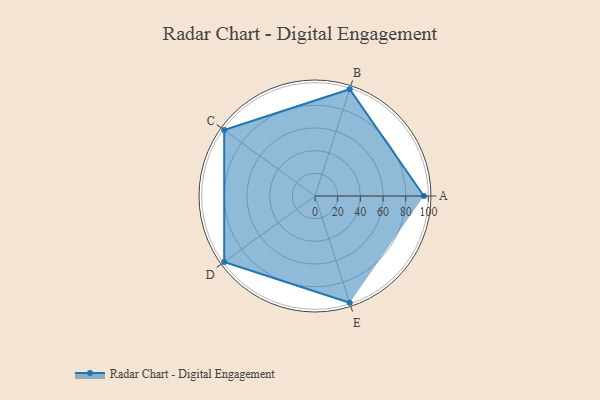
{"axis": {"x": "Skill", "y": "Score"}, "legend": ["Profile"], "data": [{"x": "A", "y": 96.0, "type": "Profile"}, {"x": "B", "y": 99.0, "type": "Profile"}, {"x": "C", "y": 99, "type": "Profile"}, {"x": "D", "y": 99, "type": "Profile"}, {"x": "E", "y": 99, "type": "Profile"}]}